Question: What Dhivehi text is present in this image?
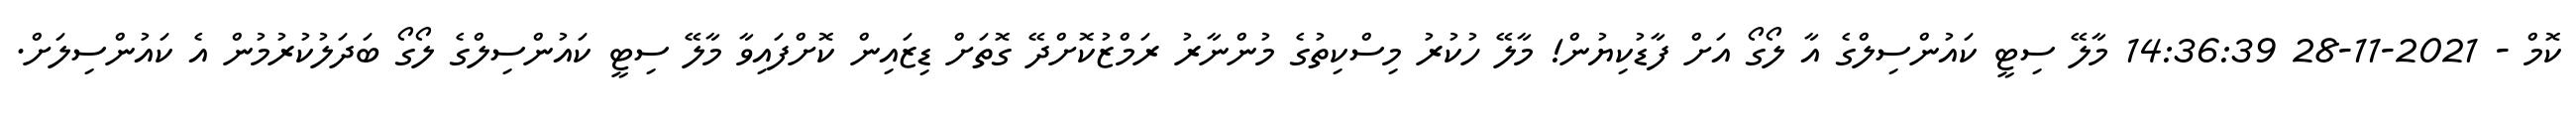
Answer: ކޮމް - 2021-11-28 14:36:39 މާލޭ ސިޓީ ކައުންސިލްގެ އާ ލޯގޯ އަށް ފާޑުކިޔުން! މާލޭ ހުކުރު މިސްކިތުގެ މުންނާރު ރަމްޒުކޮށްދޭ ގޮތަށް ޑިޒައިން ކޮށްފައިވާ މާލޭ ސިޓީ ކައުންސިލްގެ ލޯގޯ ބަދަލުކުރުމުން އެ ކައުންސިލަށް.